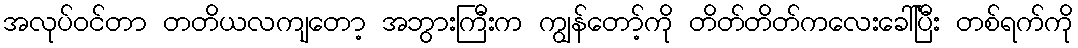
အလုပ်ဝင်တာ တတိယလကျတော့ အဘွားကြီးက ကျွန်တော့်ကို တိတ်တိတ်ကလေးခေါ်ပြီး တစ်ရက်ကို